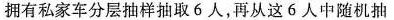
拥有私家车分层抽样抽取6人，再从这6人中随机抽